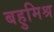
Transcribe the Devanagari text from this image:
बहुमिश्र